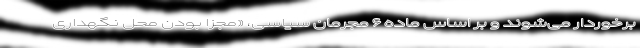
برخوردار می‌شوند و بر اساس ماده ۶ مجرمان سیاسی، «مجزا بودن محل نگهداری